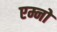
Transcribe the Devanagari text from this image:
एम्नो